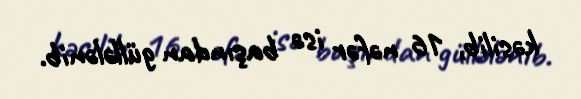
kəsilib, 16 nəfər isə başından güllələnib.